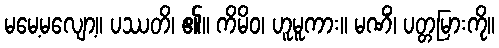
မမေ့မလျော့။ ပဿတိ၊ ၏။ ကိမိဝ၊ ဟူမူကား။ မဏိံ၊ ပတ္တမြားကို။